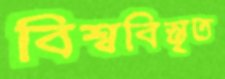
বিশ্ববিস্তৃত